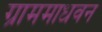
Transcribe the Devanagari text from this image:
ग्राममाधवन